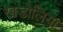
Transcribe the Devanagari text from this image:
खडोलिया